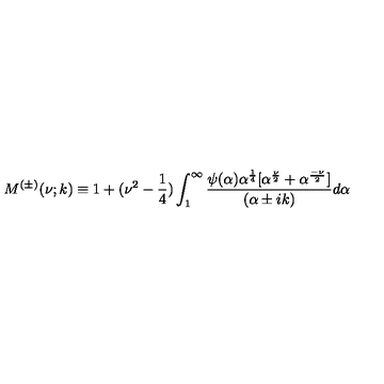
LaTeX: M ^ { ( \pm ) } ( \nu ; k ) \equiv 1 + ( \nu ^ { 2 } - \frac { 1 } { 4 } ) \int _ { 1 } ^ { \infty } \frac { \psi ( \alpha ) \alpha ^ { \frac { 1 } { 4 } } [ \alpha ^ { \frac { \nu } { 2 } } + \alpha ^ { \frac { - \nu } { 2 } } ] } { ( \alpha \pm i k ) } d \alpha